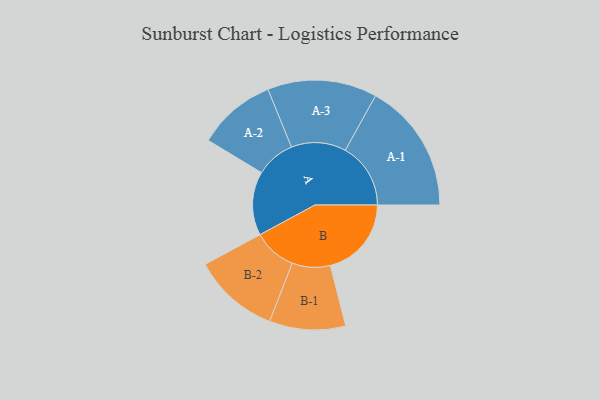
{"axis": {"x": "Segment", "y": "Value"}, "legend": ["", "A", "B"], "data": [{"x": "A", "y": 276, "type": ""}, {"x": "B", "y": 351, "type": ""}, {"x": "A-1", "y": 283, "type": "A"}, {"x": "A-2", "y": 170, "type": "A"}, {"x": "A-3", "y": 237, "type": "A"}, {"x": "B-1", "y": 165, "type": "B"}, {"x": "B-2", "y": 187, "type": "B"}]}